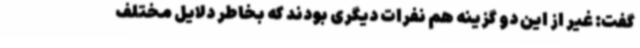
گفت: غیر از این دو گزینه هم نفرات دیگری بودند که بخاطر دلایل مختلف